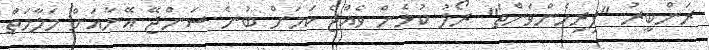
ރަންބީރު "ފިރިހެންވަންތަ" ރޯލު ކުޅެން ވެއްޖެ ކަމަށް ބުނެ ސަންޖޭ އޭނާއަށް މަލާމަތް